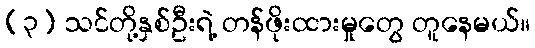
(၃) သင်တို့နှစ်ဦးရဲ့ တန်ဖိုးထားမှုတွေ တူနေမယ်။